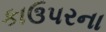
કાઉપરના